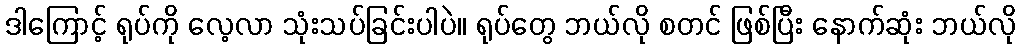
ဒါကြောင့် ရုပ်ကို လေ့လာ သုံးသပ်ခြင်းပါပဲ။ ရုပ်တွေ ဘယ်လို စတင် ဖြစ်ပြီး နောက်ဆုံး ဘယ်လို